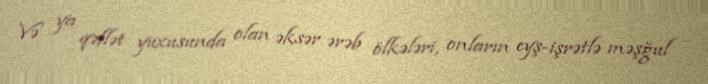
Və ya qəflət yuxusunda olan əksər ərəb ölkələri, onların eyş-işrətlə məşğul